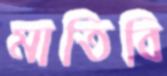
মাতিবি